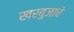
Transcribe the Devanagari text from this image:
खरबुजाचे